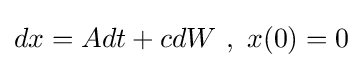
dx=Adt+cdW\ ,\ x(0)=0